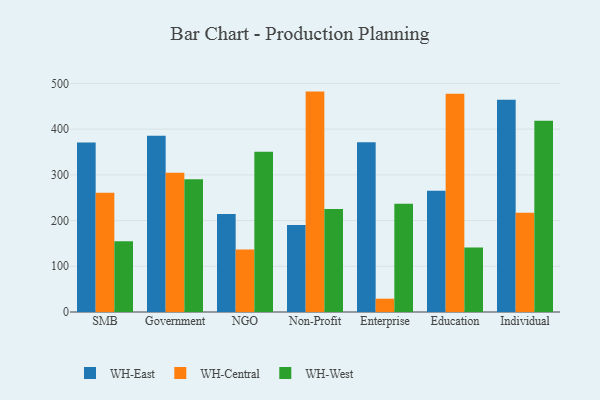
{"axis": {"x": "Segment", "y": "Latency (ms)"}, "legend": ["WH-Central", "WH-East", "WH-West"], "data": [{"x": "SMB", "y": 370.9, "type": "WH-East"}, {"x": "SMB", "y": 260.8, "type": "WH-Central"}, {"x": "SMB", "y": 154.5, "type": "WH-West"}, {"x": "Government", "y": 385.7, "type": "WH-East"}, {"x": "Government", "y": 304.4, "type": "WH-Central"}, {"x": "Government", "y": 290.6, "type": "WH-West"}, {"x": "NGO", "y": 214.4, "type": "WH-East"}, {"x": "NGO", "y": 136.8, "type": "WH-Central"}, {"x": "NGO", "y": 350.7, "type": "WH-West"}, {"x": "Non-Profit", "y": 190.5, "type": "WH-East"}, {"x": "Non-Profit", "y": 482.1, "type": "WH-Central"}, {"x": "Non-Profit", "y": 225.4, "type": "WH-West"}, {"x": "Enterprise", "y": 371.4, "type": "WH-East"}, {"x": "Enterprise", "y": 29.1, "type": "WH-Central"}, {"x": "Enterprise", "y": 236.6, "type": "WH-West"}, {"x": "Education", "y": 265.1, "type": "WH-East"}, {"x": "Education", "y": 477.3, "type": "WH-Central"}, {"x": "Education", "y": 141.0, "type": "WH-West"}, {"x": "Individual", "y": 464.2, "type": "WH-East"}, {"x": "Individual", "y": 216.9, "type": "WH-Central"}, {"x": "Individual", "y": 418.6, "type": "WH-West"}]}